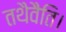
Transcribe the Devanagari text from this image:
तथैवैति।